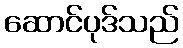
ဆောင်ပုဒ်သည်